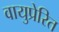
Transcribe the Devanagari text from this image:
वायुप्रेरित